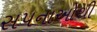
સપનાઓથી